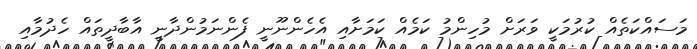
މަސައްކަތެއް ކުރުމަކީ ވަރަށް މުހިންމު ކަމެއް ކަމަށާއި އެހެންނޫނީ ފެންނަމުންދާނީ އާބާދީތައް ހެދުމާއި